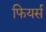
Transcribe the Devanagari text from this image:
फियर्स